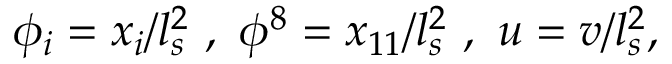
\phi _ { i } = x _ { i } / l _ { s } ^ { 2 } ~ , ~ \phi ^ { 8 } = x _ { 1 1 } / l _ { s } ^ { 2 } ~ , ~ u = v / l _ { s } ^ { 2 } ,